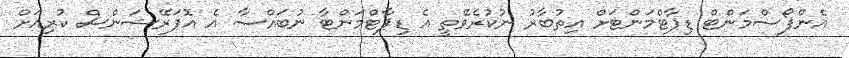
އެންފޯސްމަންޓް ޑިޕާޓްމަންޓަށް އިތުބާރު ނުކުރެވޭތީ އެ ޑިޕާޓްމަންޓާ ނުބައްސާ އެ އޮޕަރޭޝަންސް ކުރިއަށް